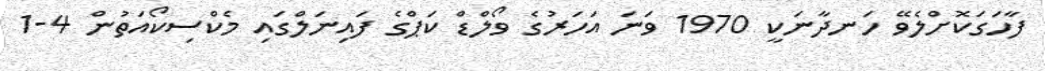
ފާހަގަކޮށްލެވޭ ހަނދާނަކީ 1970 ވަނަ އަހަރުގެ ވޯލްޑް ކަޕްގެ ފައިނަލްގައި މެކްސިކޯއަތުން 4-1